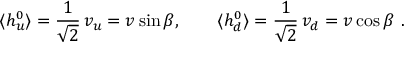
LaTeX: \langle h _ { u } ^ { 0 } \rangle = \frac { 1 } { \sqrt { 2 } } \, v _ { u } = v \sin \beta , \qquad \langle h _ { d } ^ { 0 } \rangle = \frac { 1 } { \sqrt { 2 } } \, v _ { d } = v \cos \beta \ .